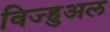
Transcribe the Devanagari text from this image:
विज्हुअल